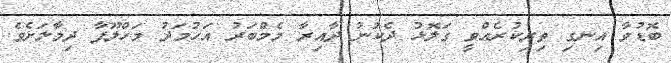
ބޮޑުވާ އިނގި ތިރިކުރެއްވީ ގަލޮޅު ދެކުނު ދާއިރާ މެމްބަރު އަހުމަދު މަހްލޫފާ ދިމާލަށެވެ.